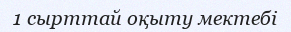
1 сырттай оқыту мектебі